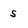
Character: S